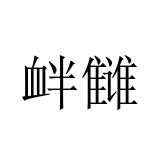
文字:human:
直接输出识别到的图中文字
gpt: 衅雠